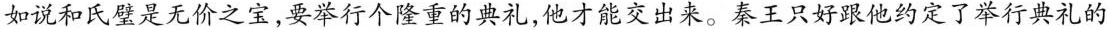
如说和氏璧是无价之宝，要举行个隆重的典礼，他才能交出来。秦王只好跟他约定了举行典礼的